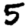
Digit: 5